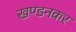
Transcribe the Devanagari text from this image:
खण्डनकर